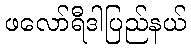
ဖလော်ရီဒါပြည်နယ်